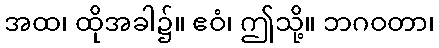
အထ၊ ထိုအခါ၌။ ဧဝံ၊ ဤသို့။ ဘဂဝတာ၊